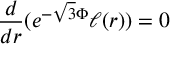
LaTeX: \frac { d } { d r } ( e ^ { - \sqrt { 3 } \Phi } \ell ( r ) ) = 0